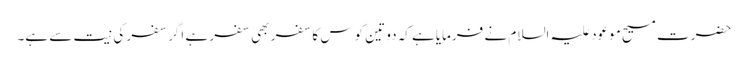
حضرت مسیح موعود علیہ السلام نے فرمایاہے کہ دو تین کوس کا سفر بھی سفر ہے اگر سفر کی نیت سے ہے۔